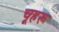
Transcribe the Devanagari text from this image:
चूहरू